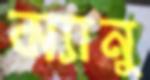
ম্যানু